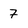
Character: 7